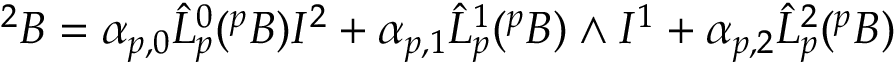
^ { 2 } B = \alpha _ { p , 0 } { \hat { L } } _ { p } ^ { 0 } ( ^ { p } B ) I ^ { 2 } + \alpha _ { p , 1 } { \hat { L } } _ { p } ^ { 1 } ( ^ { p } B ) \wedge I ^ { 1 } + \alpha _ { p , 2 } { \hat { L } } _ { p } ^ { 2 } ( ^ { p } B )